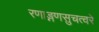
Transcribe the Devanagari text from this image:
रणाङ्गणसुचत्वरे